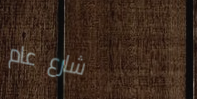
شارع عام